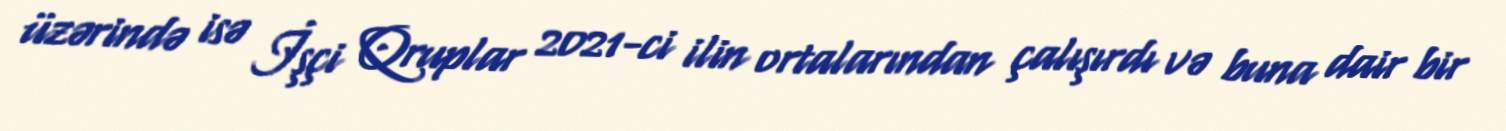
üzərində isə İşçi Qruplar 2021-ci ilin ortalarından çalışırdı və buna dair bir